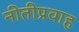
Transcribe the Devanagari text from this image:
नीतीप्रवाह